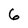
Character: 6